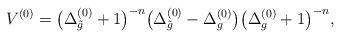
LaTeX: \begin{align*}V^{(0)}=\big(\Delta^{(0)}_{\tilde{g}}+1\big)^{-n} \big(\Delta^{(0)}_{\tilde{g}} - \Delta^{(0)}_g \big)\big(\Delta^{(0)}_{g}+1\big)^{-n},\end{align*}